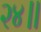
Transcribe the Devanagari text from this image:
२४॥